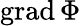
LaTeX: \mathrm{grad}\, \Phi